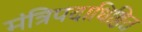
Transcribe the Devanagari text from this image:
मंत्रिपदाधिष्ठित